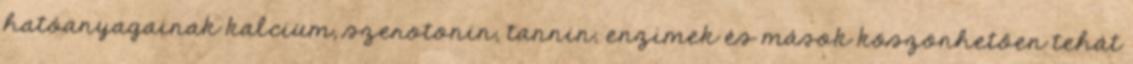
hatóanyagainak kalcium, szerotonin, tannin, enzimek és mások köszönhetően tehát